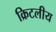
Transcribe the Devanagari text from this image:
क्रिटलीय